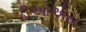
ડીઓએસ